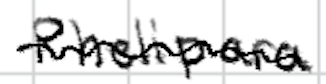
Text: Phelipara
Cross-out: wave
Writing tool: digital_black